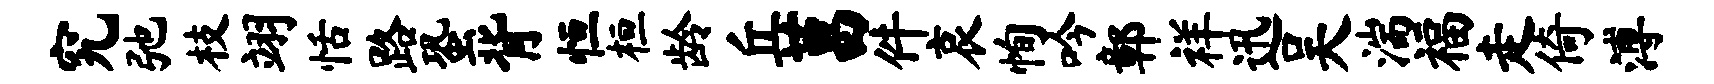
究弛枝翊恬路蛩背恒桓龄丘莒件哀恂吟鄣祥迅吴湍福走倚溥